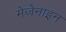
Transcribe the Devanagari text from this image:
मेजेनाइन